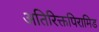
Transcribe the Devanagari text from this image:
अतिरिक्तपिरामिड